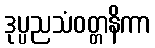
ဒုပ္ပညသံဝတ္တနိကာ